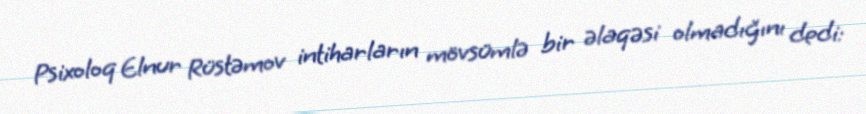
Psixoloq Elnur Rüstəmov intiharların mövsümlə bir əlaqəsi olmadığını dedi: